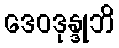
ဒေဝဒုန္ဒုဘိ